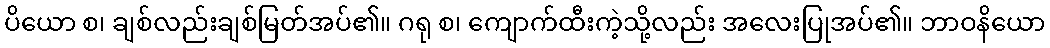
ပိယော စ၊ ချစ်လည်းချစ်မြတ်အပ်၏။ ဂရု စ၊ ကျောက်ထီးကဲ့သို့လည်း အလေးပြုအပ်၏။ ဘာဝနိယော